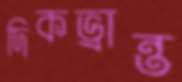
দিকভ্রান্ত